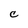
Character: C